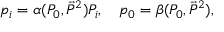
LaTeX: p _ { i } = \alpha ( { \cal P } _ { 0 } , \vec { { \cal P } } { } ^ { 2 } ) { \cal P } _ { i } , \quad p _ { 0 } = \beta ( { \cal P } _ { 0 } , \vec { { \cal P } } { } ^ { 2 } ) ,